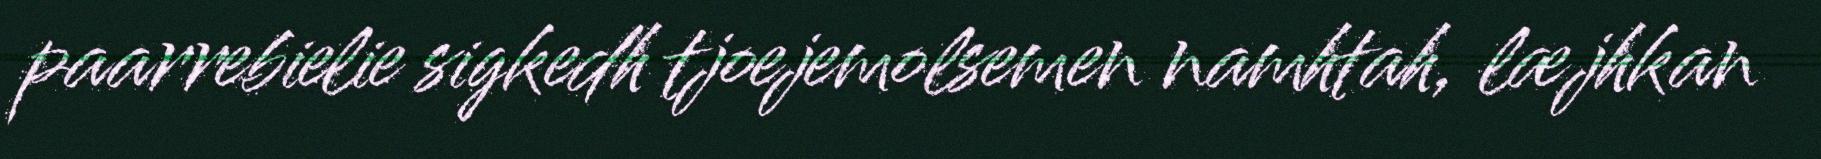
paarrebielie sigkedh tjoejemolsemen namhtah, læjhkan